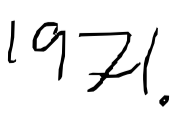
Text: 1971.
Cross-out: clean
Writing tool: digital_black